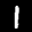
Label: 1